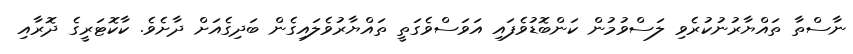
ނާސްތާ ތައްޔާރުނުކުރެވި ލަސްވުމުން ކަންބޮޑުވެފައި އަވަސްވެގަތީ ތައްޔާރުވެލައިގެން ބަދިގެއަށް ދާށެވެ. ކާކޮޓަރީގެ ދޮރާއި